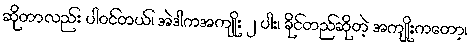
ဆိုတာလည်း ပါဝင်တယ်၊ အဲဒါကအကျိုး ၂ ပါး၊ ခိုင်တည်ဆိုတဲ့ အကျိုးကတော့၊